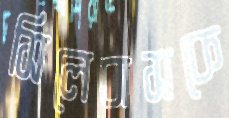
সিলেবাসকে